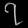
Digit: ၇